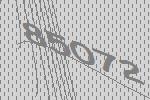
85072